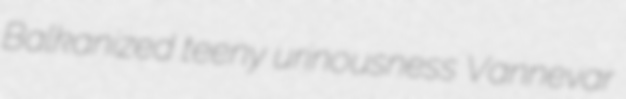
Balkanized teeny urinousness Vannevar